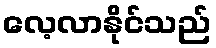
လေ့လာနိုင်သည်